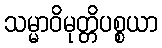
သမ္မာဝိမုတ္တိပစ္စယာ